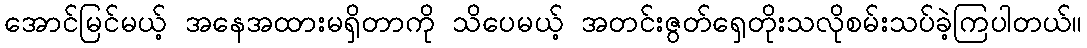
အောင်မြင်မယ့် အနေအထားမရှိတာကို သိပေမယ့် အတင်းဇွတ်ရှေတိုးသလိုစမ်းသပ်ခဲ့ကြပါတယ်။